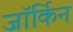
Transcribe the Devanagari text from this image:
जॉर्किन